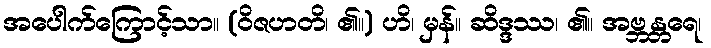
အပေါက်ကြောင့်သာ။ (ဝိဇဟတိ၊ ၏။) ဟိ၊ မှန်။ ဆိဒ္ဒဿ၊ ၏။ အဗ္ဘန္တရေ၊